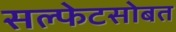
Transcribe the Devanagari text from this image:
सल्फेटसोबत